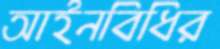
আইনবিধির